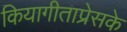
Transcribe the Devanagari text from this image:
कियागीताप्रेसके